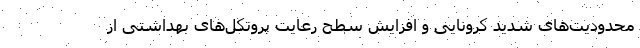
محدودیت‌های شدید کرونایی و افزایش سطح رعایت پروتکل‌های بهداشتی از